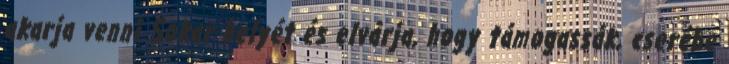
akarja venni Sokar helyét és elvárja, hogy támogassák, cserébe